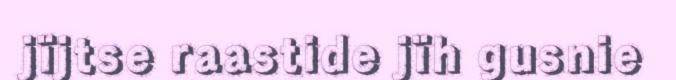
jïjtse raastide jïh gusnie